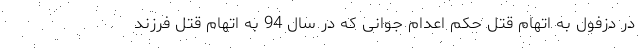
در دزفول به اتهام قتل حکم اعدام جوانی که در سال 94 به اتهام قتل فرزند